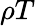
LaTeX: \rho T